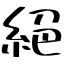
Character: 絕